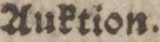
Auktion.